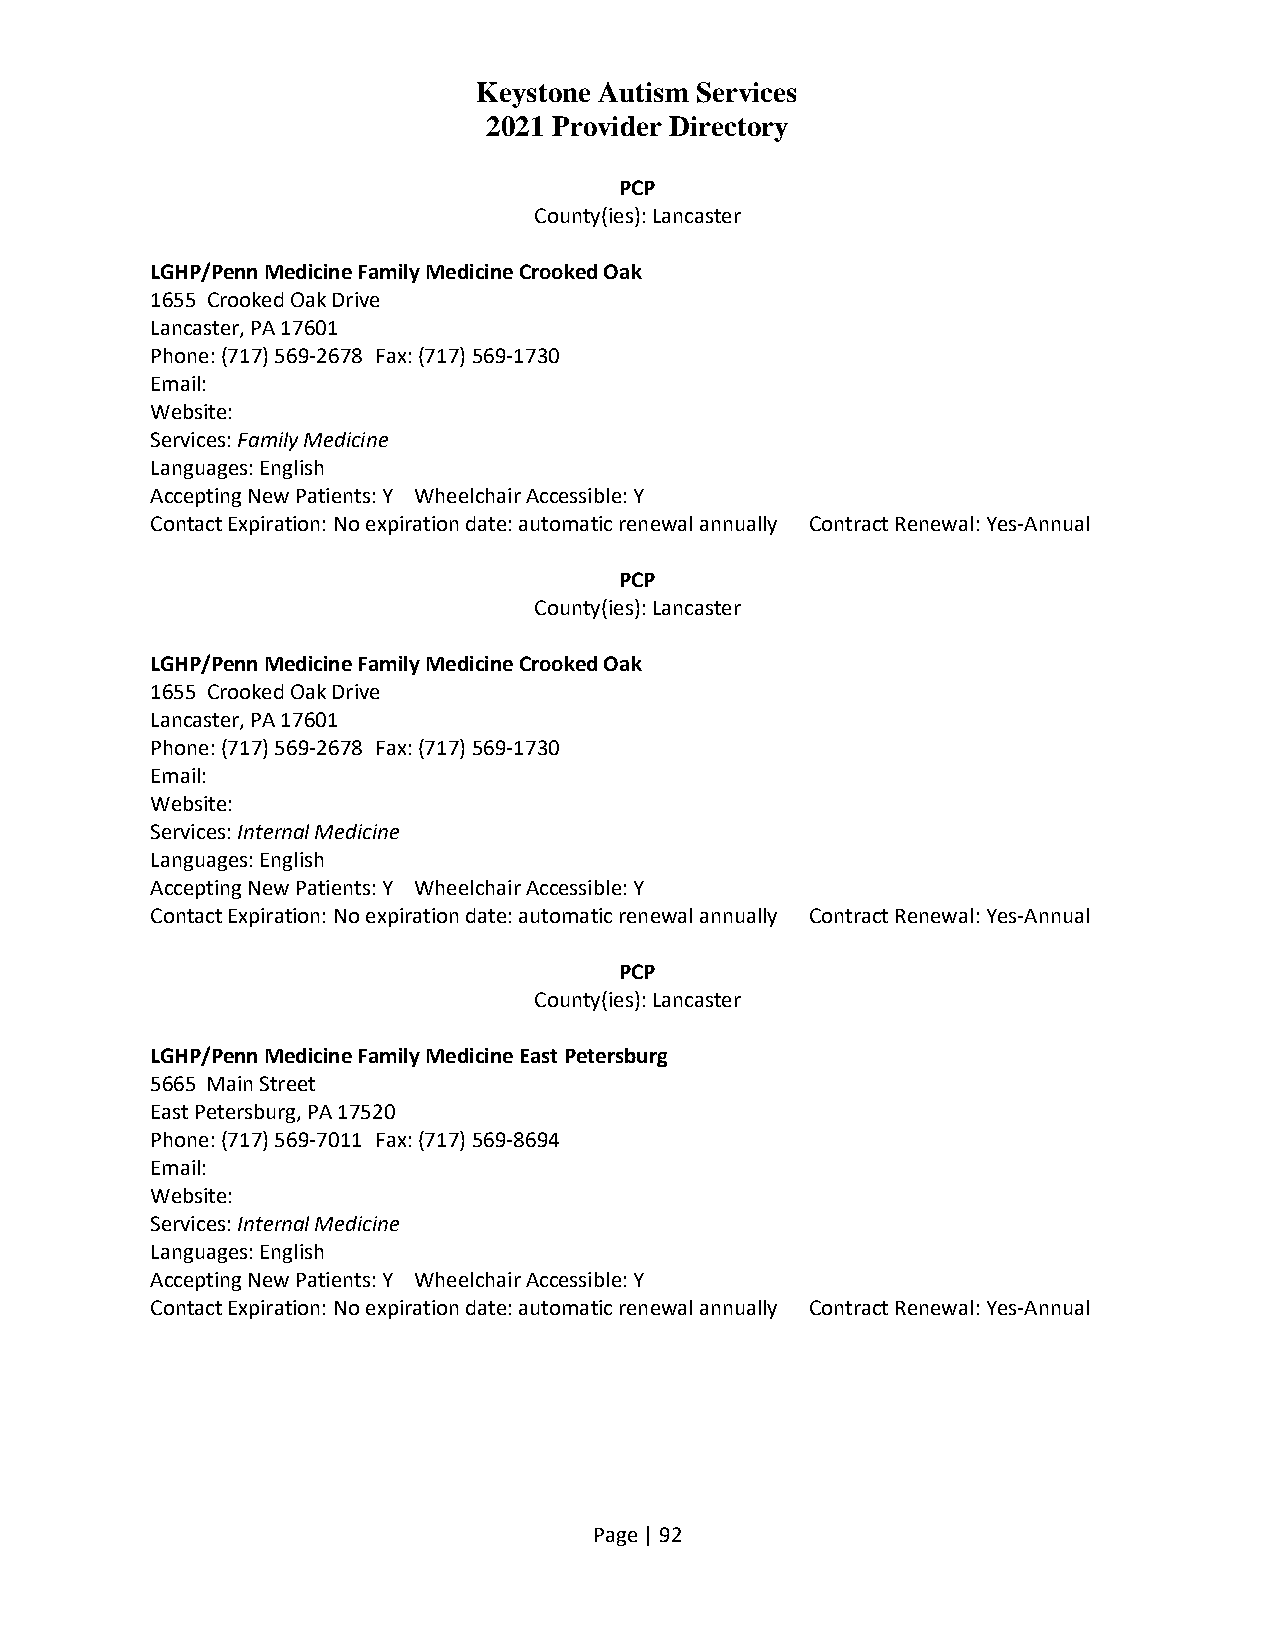
Keystone Autism Services
 2021 Provider Directory
 PCP
 County(ies): Lancaster
 LGHP/Penn Medicine Family Medicine Crooked Oak
 1655 Crooked Oak Drive
 Lancaster, PA 17601
 Phone: (717) 569-2678 Fax: (717) 569-1730
 Email:
 Website:
 Services: Family Medicine
 Languages: English
 Accepting New Patients: Y Wheelchair Accessible: Y
 Contact Expiration: No expiration date: automatic renewal annually Contract Renewal: Yes-Annual
 PCP
 County(ies): Lancaster
 LGHP/Penn Medicine Family Medicine Crooked Oak
 1655 Crooked Oak Drive
 Lancaster, PA 17601
 Phone: (717) 569-2678 Fax: (717) 569-1730
 Email:
 Website:
 Services: Internal Medicine
 Languages: English
 Accepting New Patients: Y Wheelchair Accessible: Y
 Contact Expiration: No expiration date: automatic renewal annually Contract Renewal: Yes-Annual
 PCP
 County(ies): Lancaster
 LGHP/Penn Medicine Family Medicine East Petersburg
 5665 Main Street
 East Petersburg, PA 17520
 Phone: (717) 569-7011 Fax: (717) 569-8694
 Email:
 Website:
 Services: Internal Medicine
 Languages: English
 Accepting New Patients: Y Wheelchair Accessible: Y
 Contact Expiration: No expiration date: automatic renewal annually Contract Renewal: Yes-Annual
 Page | 92